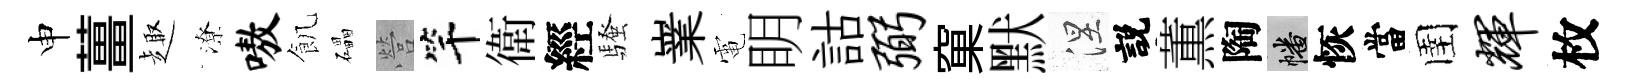
申薑趣潦嗷飢礧營竿衛經騷嶪電眀詁弼窠默涅説薫陶幡恢當圉辉枚